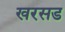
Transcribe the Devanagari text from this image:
खरसड